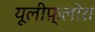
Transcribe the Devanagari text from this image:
यूलीफ़्लोरा